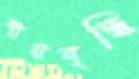
ব্যয়বৃদ্ধি